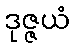
ဒုဇ္ဇယံ